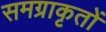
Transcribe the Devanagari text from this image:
समग्राकृतों